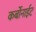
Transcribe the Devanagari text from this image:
कर्बोनाईट